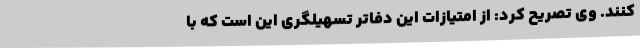
کنند. وی تصریح کرد: از امتیازات این دفاتر تسهیلگری این است که با